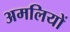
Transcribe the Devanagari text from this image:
अमलियों